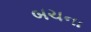
બચના